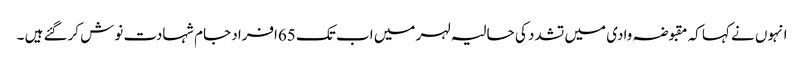
انہوں نے کہا کہ مقبوضہ وادی میں تشدد کی حالیہ لہر میں اب تک 65افراد جام شہادت نوش کرگئے ہیں ۔